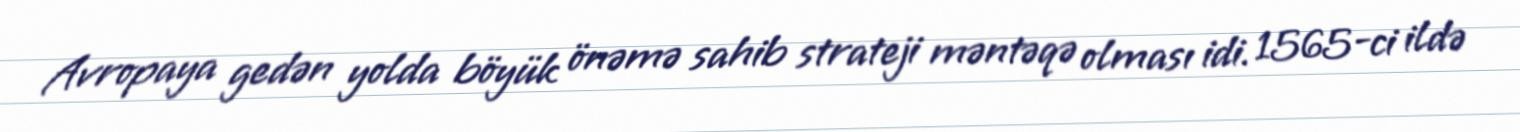
Avropaya gedən yolda böyük önəmə sahib strateji məntəqə olması idi. 1565-ci ildə